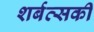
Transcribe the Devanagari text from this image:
शर्बत्सकी